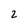
Character: 2